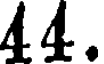
44.